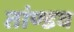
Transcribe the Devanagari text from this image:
तांण्डव